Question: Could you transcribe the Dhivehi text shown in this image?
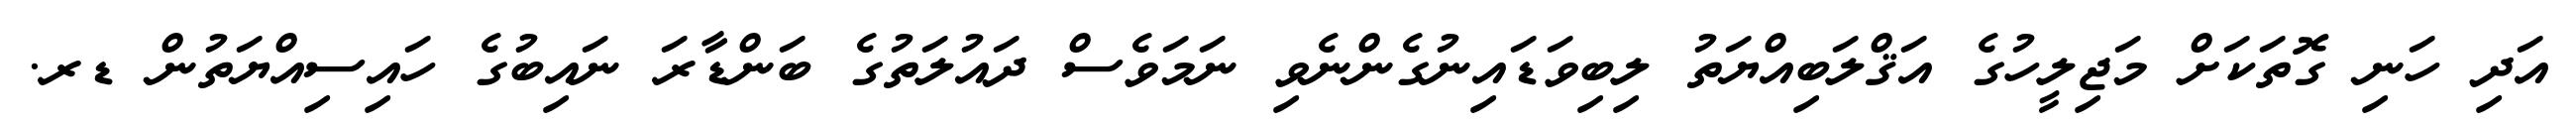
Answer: އަދި ހަނި ގޮތަކަށް މަޖިލީހުގެ އަޤްލަބިއްޔަތު ލިބިވަޑައިނުގެންނެވި ނަމަވެސް ދައުލަތުގެ ބަންޑާރަ ނައިބުގެ ހައިސިއްޔަތުން ޑރ.